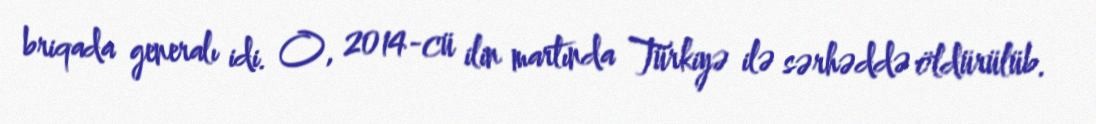
briqada generalı idi. O, 2014-cü ilin martında Türkiyə ilə sərhəddə öldürülüb.